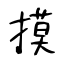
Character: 摸